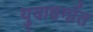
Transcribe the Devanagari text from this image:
युवावर्गात